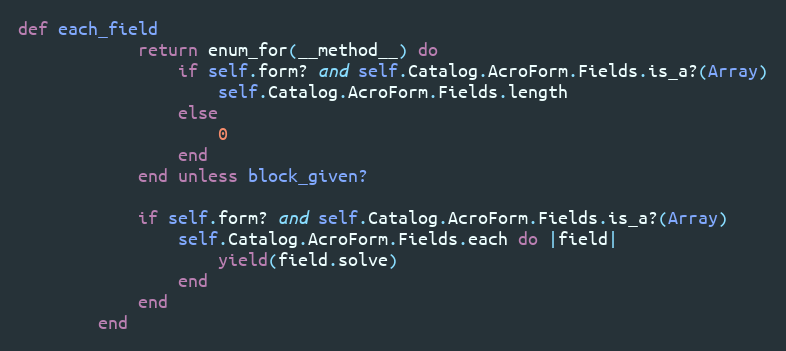
Language: Ruby
def each_field
            return enum_for(__method__) do
                if self.form? and self.Catalog.AcroForm.Fields.is_a?(Array)
                    self.Catalog.AcroForm.Fields.length
                else
                    0
                end
            end unless block_given?

            if self.form? and self.Catalog.AcroForm.Fields.is_a?(Array)
                self.Catalog.AcroForm.Fields.each do |field|
                    yield(field.solve)
                end
            end
        end